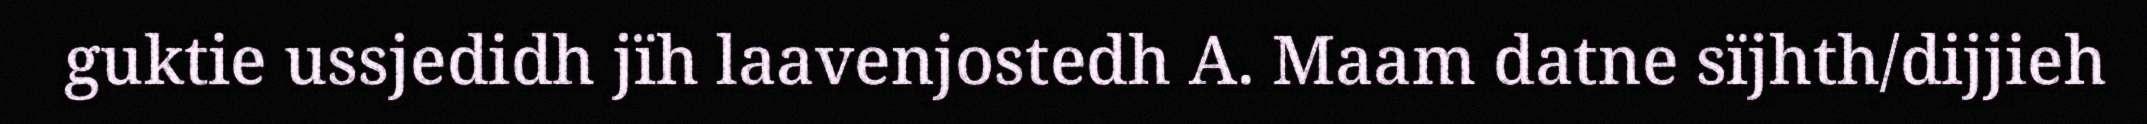
guktie ussjedidh jïh laavenjostedh A. Maam datne sïjhth/dijjieh